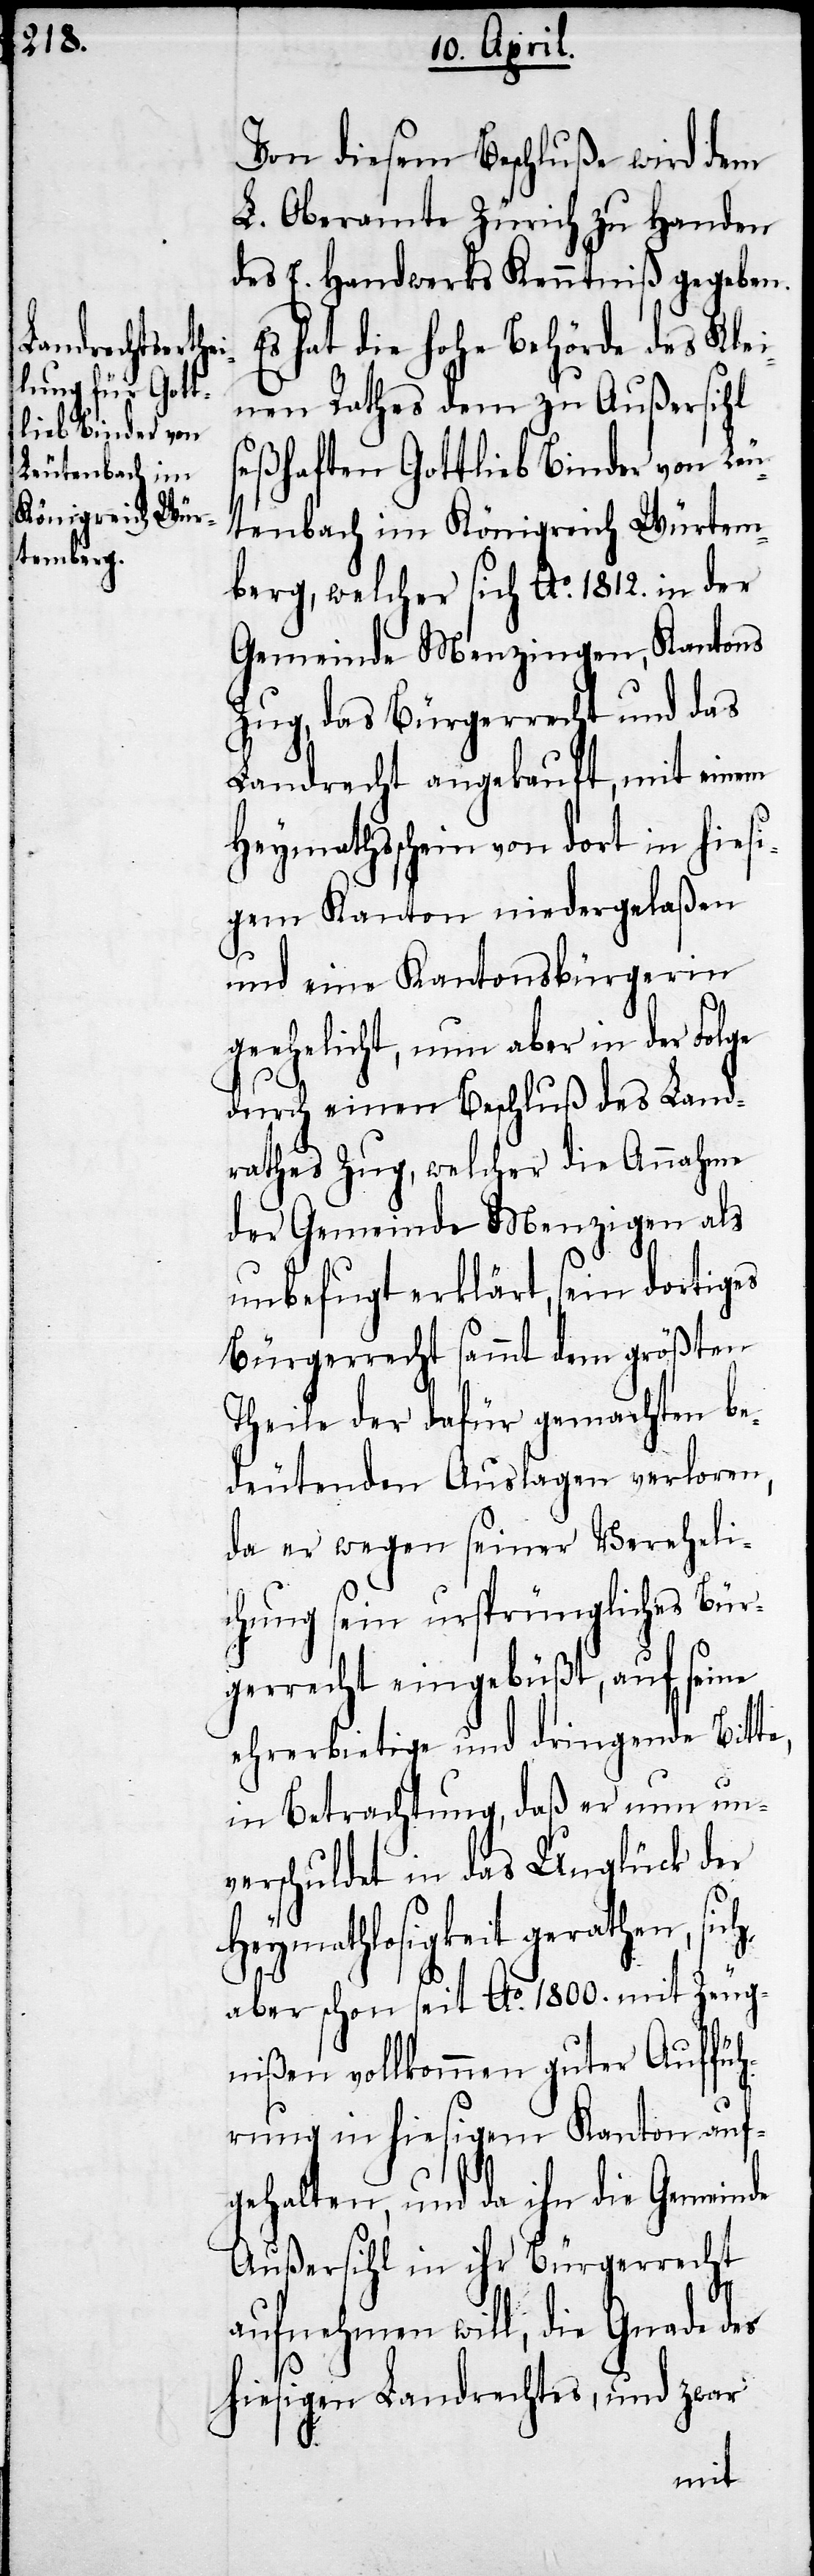
Von diesem Beschluße wird dem
L. Oberamte Zürich zu Handen
des E. Handwerks Kenntniß gegeben.
Es hat die hohe Behörde des Klei¬
nen Rathes dem zu Außersihl
seßhaften Gottlieb Binder von Leu¬
tenbach im Königreich Würtem¬
berg, welcher sich Ao. 1812. in der
Gemeinde Menzingen, Kantons
Zug, das Bürgerrecht und das
Landrecht angekauft, mit einem
Heymathsschein von dort in hiesi¬
gem Kanton niedergelaßen
und eine Kantonsbürgerin
geehelicht, nun aber in der Folge
durch einen Beschluß des Land¬
rathes Zug, welcher die Annahme
der Gemeinde Menzigen als
unbefugt erklärt, sein dortiges
Bürgerrecht sammt dem größten
Theile der dafür gemachten be¬
deutenden Auslagen verloren,
da er wegen seiner Vereheli¬
chung sein ursprüngliches Bür¬
gerrecht eingebüßt, auf seine
ehrerbietige und dringende Bitt¬
in Betrachtung, daß er nun un¬
verschuldet in das Unglück der
Heymathlosigkeit gerathen, sich
aber schon seit Ao. 1800. mit Zeug¬
nißen vollkommen guter Auffüh¬
rung in hiesigem Kanton auf¬
gehalten, und da ihn die Gemeinde
Außersihl in ihr Bürgerrecht
e,
aufnehmen will, die Gnade des
hiesigen Landrechtes, und zwar